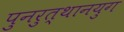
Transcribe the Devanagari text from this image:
पुनरुत्थानयुग